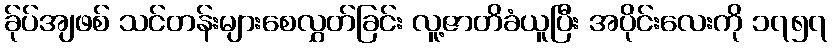
ခ်ုပ်အျဖစ် သင်တန်းများစေလွှတ်ခြင်း လူ့ဇာတိခံယူပြီး အပိုင်းလေးကို ၁၇၅၇